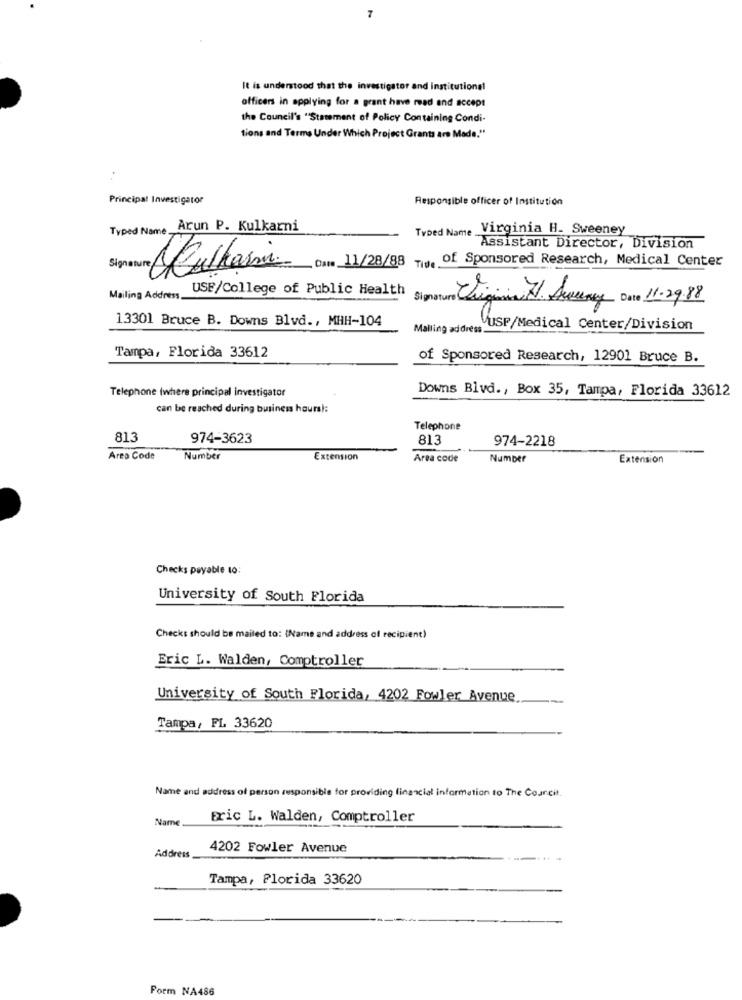
7
It is understood that the investigator and institutional
officers in applying for a grant have read and accept
the Council's "Statement of Policy Containing Condi-
tions and Terms Under Which Project Grants are Made."
Principal Investigator
Responsible officer of Institution
Typed Name Arun P. Kulkarni
Typed Name .
. Virginia H. Sweeney
Assistant Director, Division
Signature Culkaim Da 11/28/88 Tide of Sponsored Research, Medical Center
USE/College of Public Health
Mailing Address.
13301 Bruce B. Downs Blvd ., MHH-104
Mailing address
VUSP/Medical Center/Division
Tampa, Florida 33612
of Sponsored Research, 12901 Bruce B.
Telephone (where principal investigator
Downs Blvd ., Box 35, Tampa, Florida 33612
can be reached during business hoursi:
Telephone
813
974-3623
813
974-2218
Area Code
Number
Extension
Area code
Number
Extension
Checks payable 10:
University of South Florida
Checks should be mailed to: (Name and address of recipient)
Eric L. Walden, Comptroller
University of South Florida, 4202 Fowler Avenue
Tampa, FL 33620
Name and address of person responsible for providing financial information to The Courci
Name
Fric L. Walden, Comptroller
4202 Fowler Avenue
Address
Tampa, Florida 33620
Form NA486